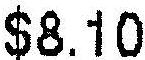
$8.10